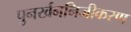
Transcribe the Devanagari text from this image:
पुनर्खननिजीकरण